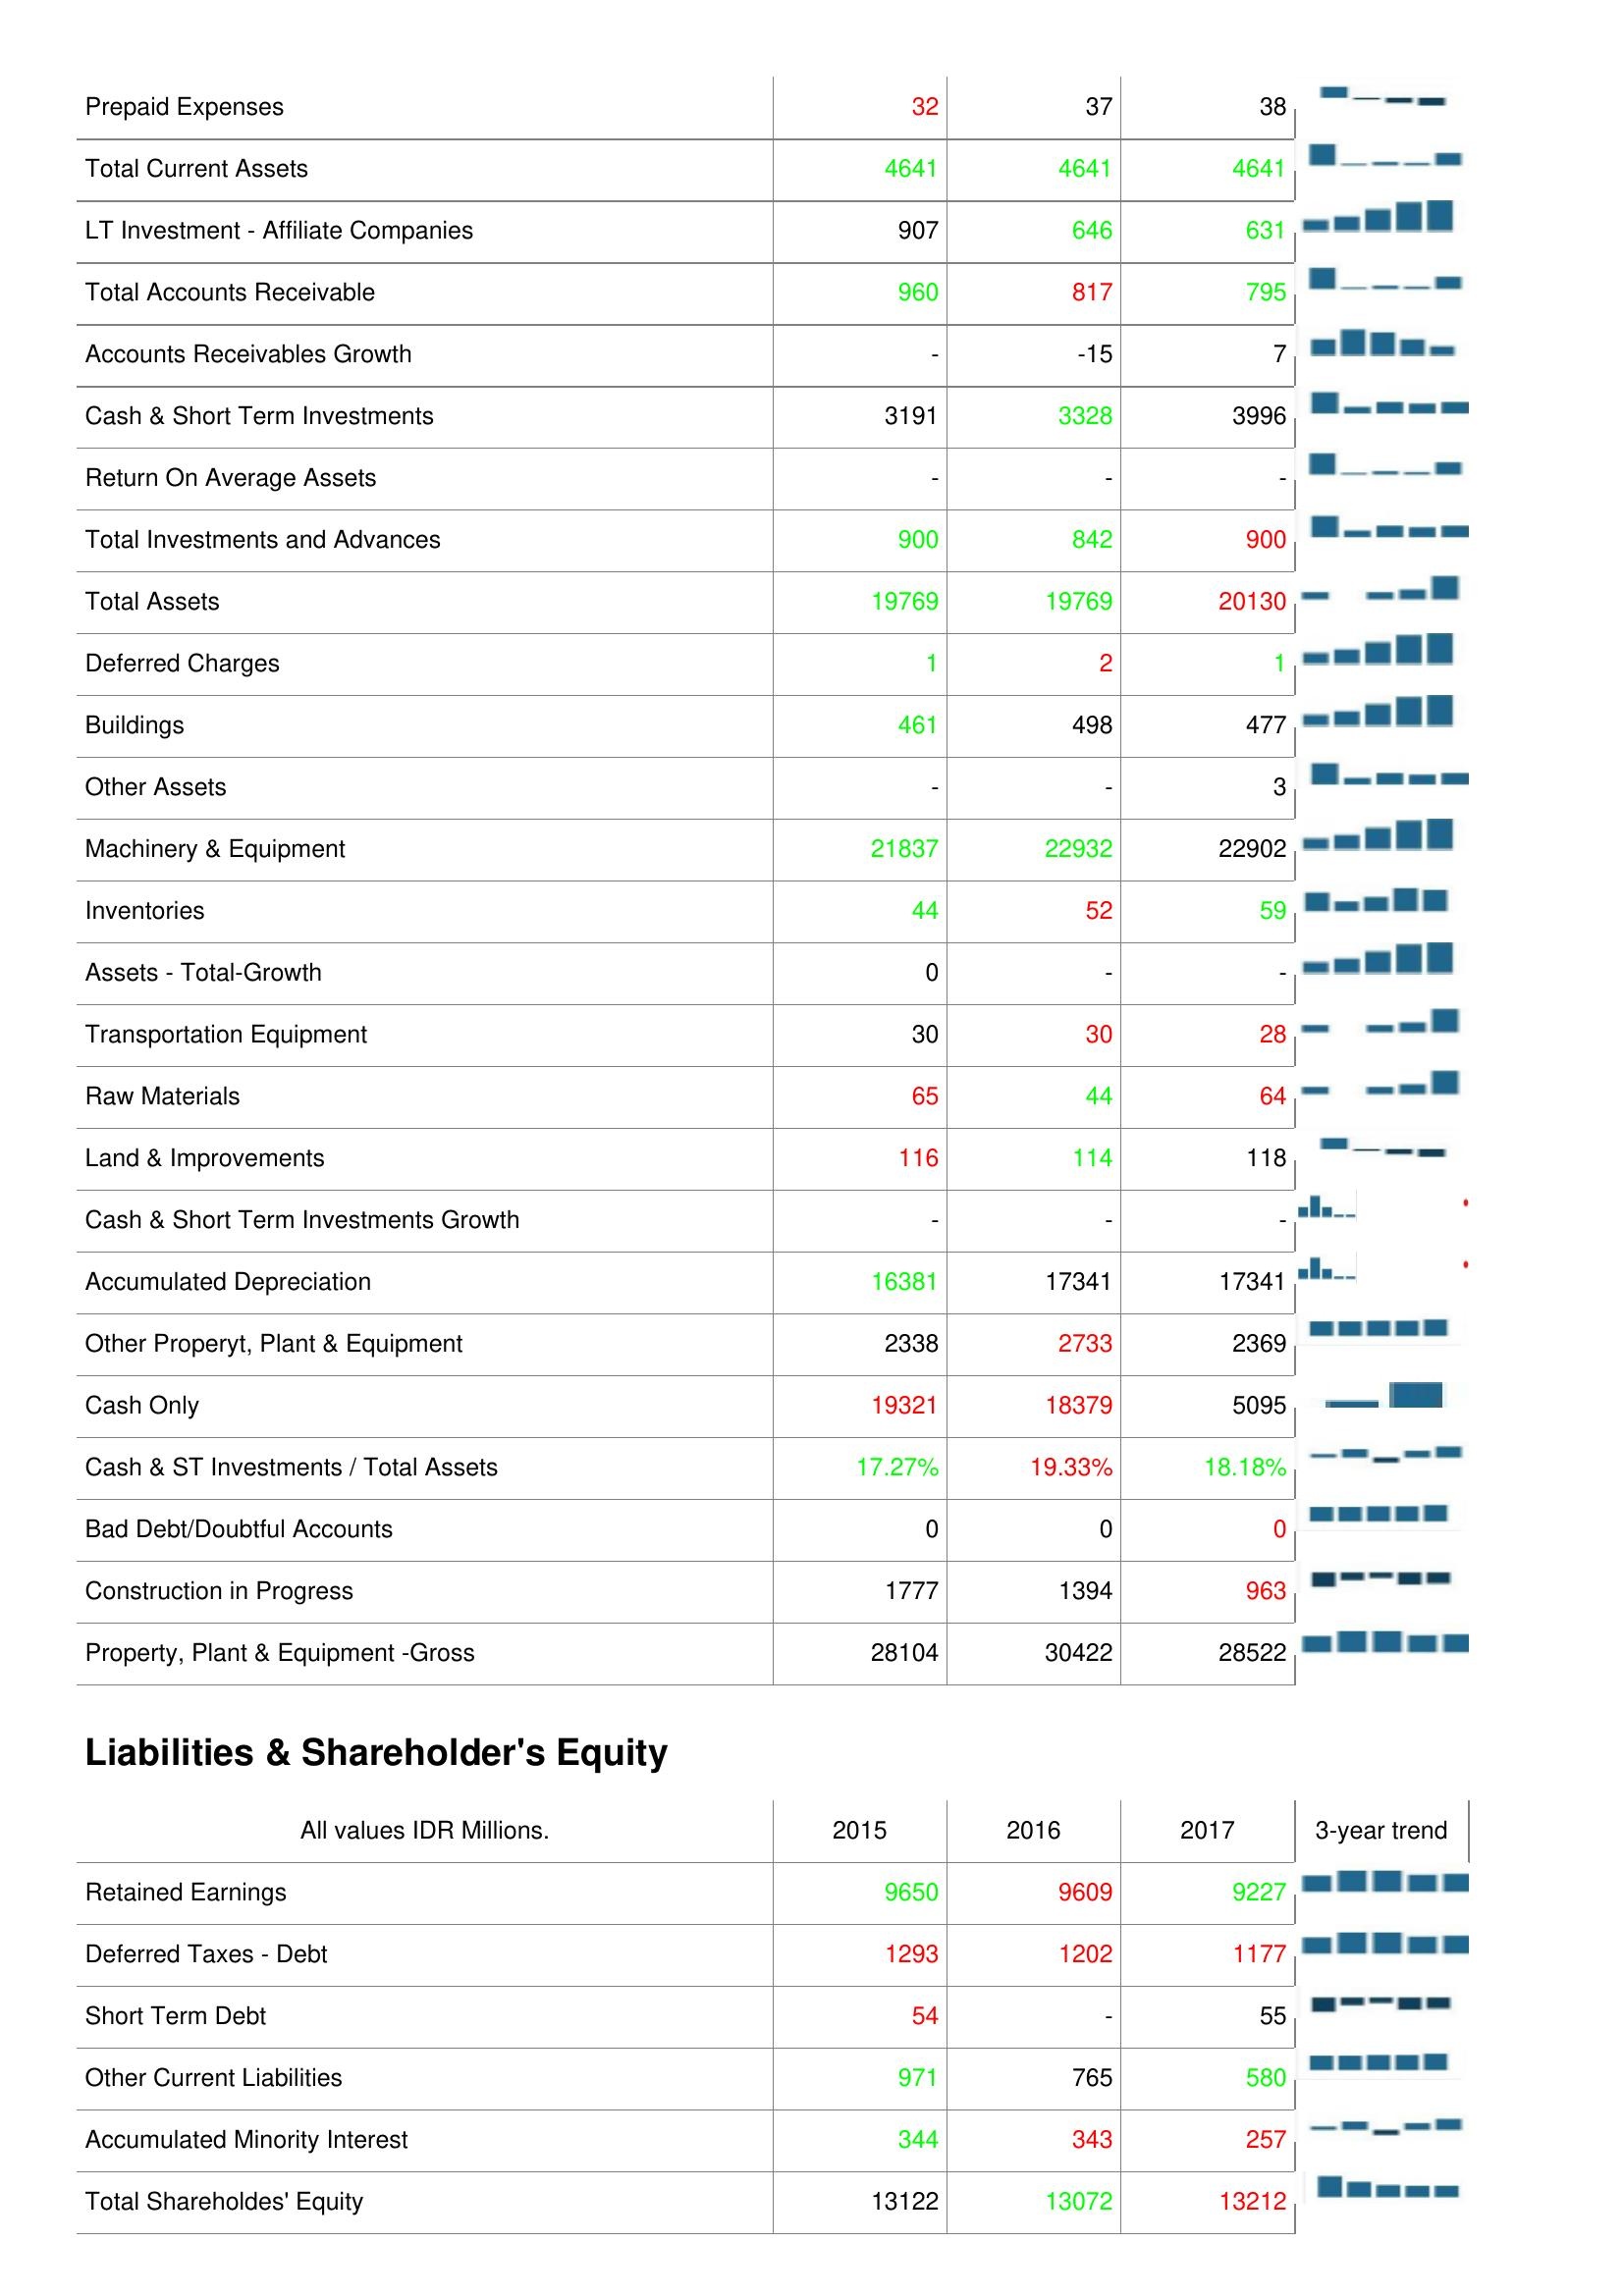
2015: Assets: Prepaid Expenses: 32
Total Current Assets: 4641
LT Investment - Affiliate Companies: 907
Total Accounts Receivable: 960
Accounts Receivables Growth: -
Cash & Short Term Investments: 3191
Return On Average Assets: -
Total Investments and Advances: 900
Total Assets: 19769
Deferred Charges: 1
Buildings: 461
Other Assets: -
Machinery & Equipment: 21837
Inventories: 44
Assets - Total-Growth: 0
Transportation Equipment: 30
Raw Materials: 65
Land & Improvements: 116
Cash & Short Term Investments Growth: -
Accumulated Depreciation: 16381
Other Properyt, Plant & Equipment: 2338
Cash Only: 19321
Cash & ST Investments / Total Assets: 17.27%
Bad Debt/Doubtful Accounts: 0
Construction in Progress: 1777
Property, Plant & Equipment -Gross: 28104
Liabilities & Shareholder's Equity: Retained Earnings: 9650
Deferred Taxes - Debt: 1293
Short Term Debt: 54
Other Current Liabilities: 971
Accumulated Minority Interest: 344
Total Shareholdes' Equity: 13122
2016: Assets: Prepaid Expenses: 37
Total Current Assets: 4641
LT Investment - Affiliate Companies: 646
Total Accounts Receivable: 817
Accounts Receivables Growth: -15
Cash & Short Term Investments: 3328
Return On Average Assets: -
Total Investments and Advances: 842
Total Assets: 19769
Deferred Charges: 2
Buildings: 498
Other Assets: -
Machinery & Equipment: 22932
Inventories: 52
Assets - Total-Growth: -
Transportation Equipment: 30
Raw Materials: 44
Land & Improvements: 114
Cash & Short Term Investments Growth: -
Accumulated Depreciation: 17341
Other Properyt, Plant & Equipment: 2733
Cash Only: 18379
Cash & ST Investments / Total Assets: 19.33%
Bad Debt/Doubtful Accounts: 0
Construction in Progress: 1394
Property, Plant & Equipment -Gross: 30422
Liabilities & Shareholder's Equity: Retained Earnings: 9609
Deferred Taxes - Debt: 1202
Short Term Debt: -
Other Current Liabilities: 765
Accumulated Minority Interest: 343
Total Shareholdes' Equity: 13072
2017: Assets: Prepaid Expenses: 38
Total Current Assets: 4641
LT Investment - Affiliate Companies: 631
Total Accounts Receivable: 795
Accounts Receivables Growth: 7
Cash & Short Term Investments: 3996
Return On Average Assets: -
Total Investments and Advances: 900
Total Assets: 20130
Deferred Charges: 1
Buildings: 477
Other Assets: 3
Machinery & Equipment: 22902
Inventories: 59
Assets - Total-Growth: -
Transportation Equipment: 28
Raw Materials: 64
Land & Improvements: 118
Cash & Short Term Investments Growth: -
Accumulated Depreciation: 17341
Other Properyt, Plant & Equipment: 2369
Cash Only: 5095
Cash & ST Investments / Total Assets: 18.18%
Bad Debt/Doubtful Accounts: 0
Construction in Progress: 963
Property, Plant & Equipment -Gross: 28522
Liabilities & Shareholder's Equity: Retained Earnings: 9227
Deferred Taxes - Debt: 1177
Short Term Debt: 55
Other Current Liabilities: 580
Accumulated Minority Interest: 257
Total Shareholdes' Equity: 13212